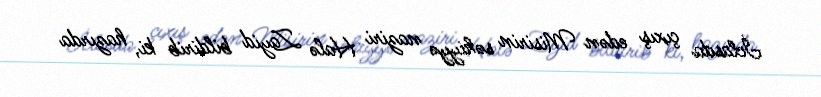
İclasda çıxış edən Misirin səhiyyə naziri Halə Zayid bildirib ki, hazırda